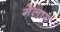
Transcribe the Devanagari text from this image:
गेलाम